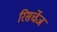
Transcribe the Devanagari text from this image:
रिसर्चेज